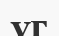
үг